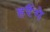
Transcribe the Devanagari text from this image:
हरैंगे